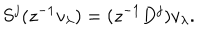
S ^ { j } ( z ^ { - 1 } v _ { \lambda } ) = ( z ^ { - 1 } D ^ { j } ) v _ { \lambda } .